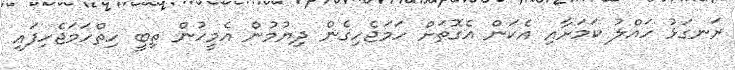
ރަނގަޅު ހައްލު ކަމަށާއި އެކަން އެގޮތަށް ހަމަޖެހިގެން ދިޔުމުން އެމީހުން ތިބީ ހިތްހަމަޖެހިފައި